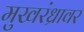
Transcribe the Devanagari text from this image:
मुखरंध्रावर